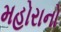
મહોરાનો